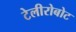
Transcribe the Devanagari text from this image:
टेलीरोबोट